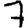
Digit: 7